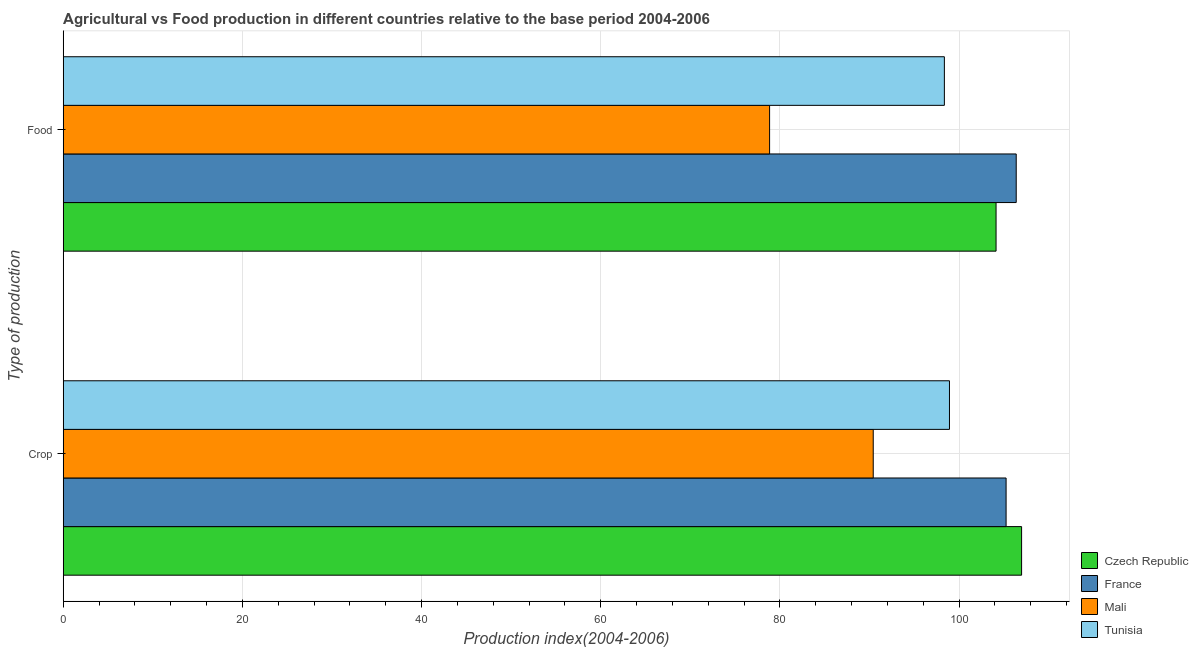
| Type of production | Czech Republic | France | Mali | Tunisia |
 | --- | --- | --- | --- | --- |
 | Crop | 107 | 105 | 90.4 | 98.9 |
 | Food | 104 | 106 | 78.8 | 98.4 |